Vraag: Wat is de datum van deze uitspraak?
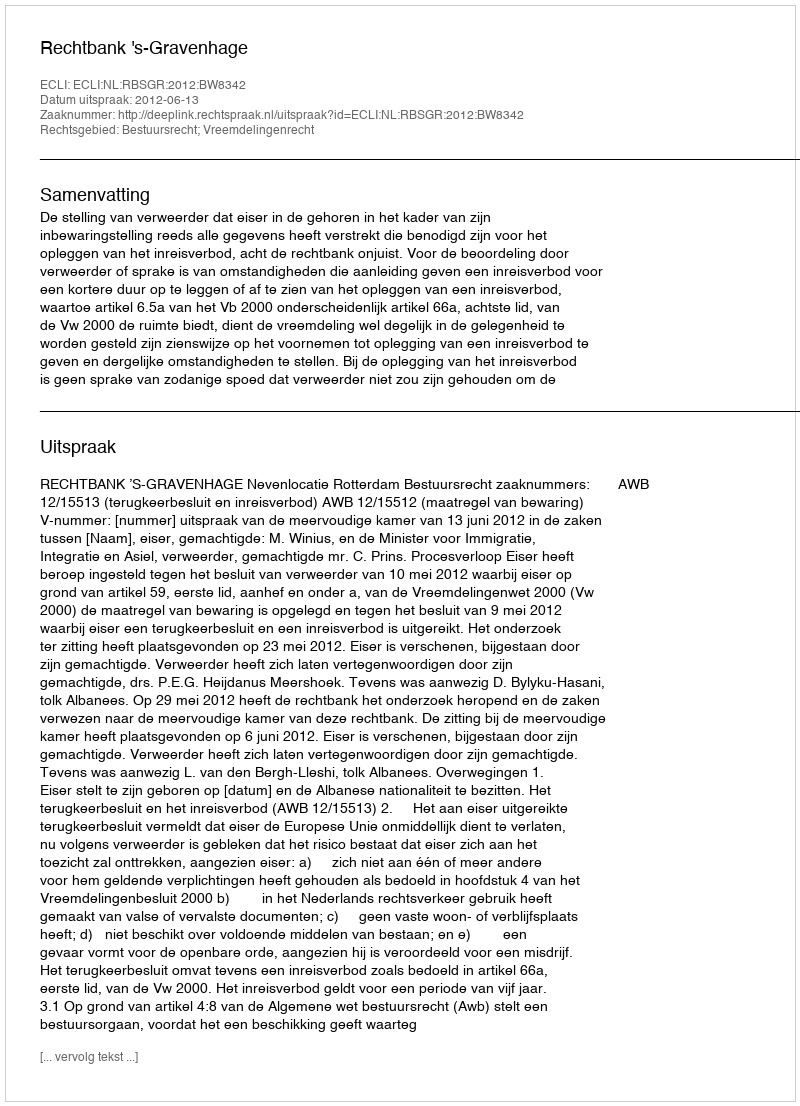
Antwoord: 2012-06-13